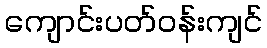
ကျောင်းပတ်ဝန်းကျင်